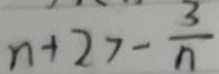
n + 2 > - \frac { 3 } { n }